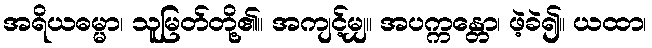
အရိယဓမ္မာ၊ သူမြတ်တို့၏။ အကျင့်မျှ။ အပက္ကန္တော၊ ဖဲ့ခဲ၍။ ယထာ၊